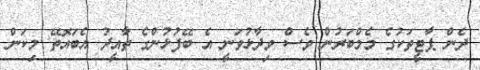
ދެން ޕާޓީތަކުގެ މެމްބަރުން ވެސް ވިދާޅުވަނީ އެ ބޭފުޅުންގެ ތާއީދު އެބައޮތޭ މިކަން